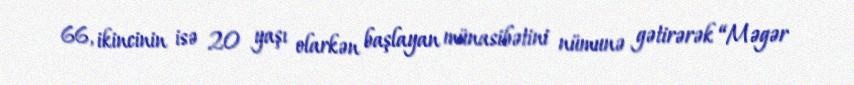
66, ikincinin isə 20 yaşı olarkən başlayan münasibətini nümunə gətirərək “Məgər